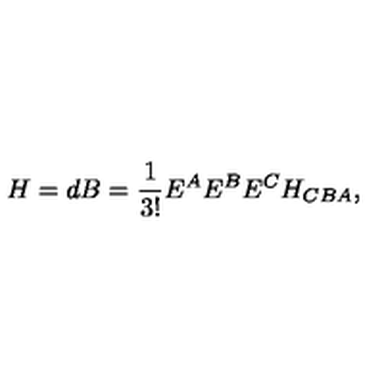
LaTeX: H = d B = \frac { 1 } { 3 ! } E ^ { A } E ^ { B } E ^ { C } H _ { C B A } ,